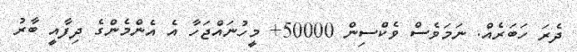
ދެރަ ހަބަރެއް. ނަމަވެސް ވެކްސިން 50000+ މީހުނައްޖަހާ އެ އެންމެންގެ ދިފާއީ ބާރު